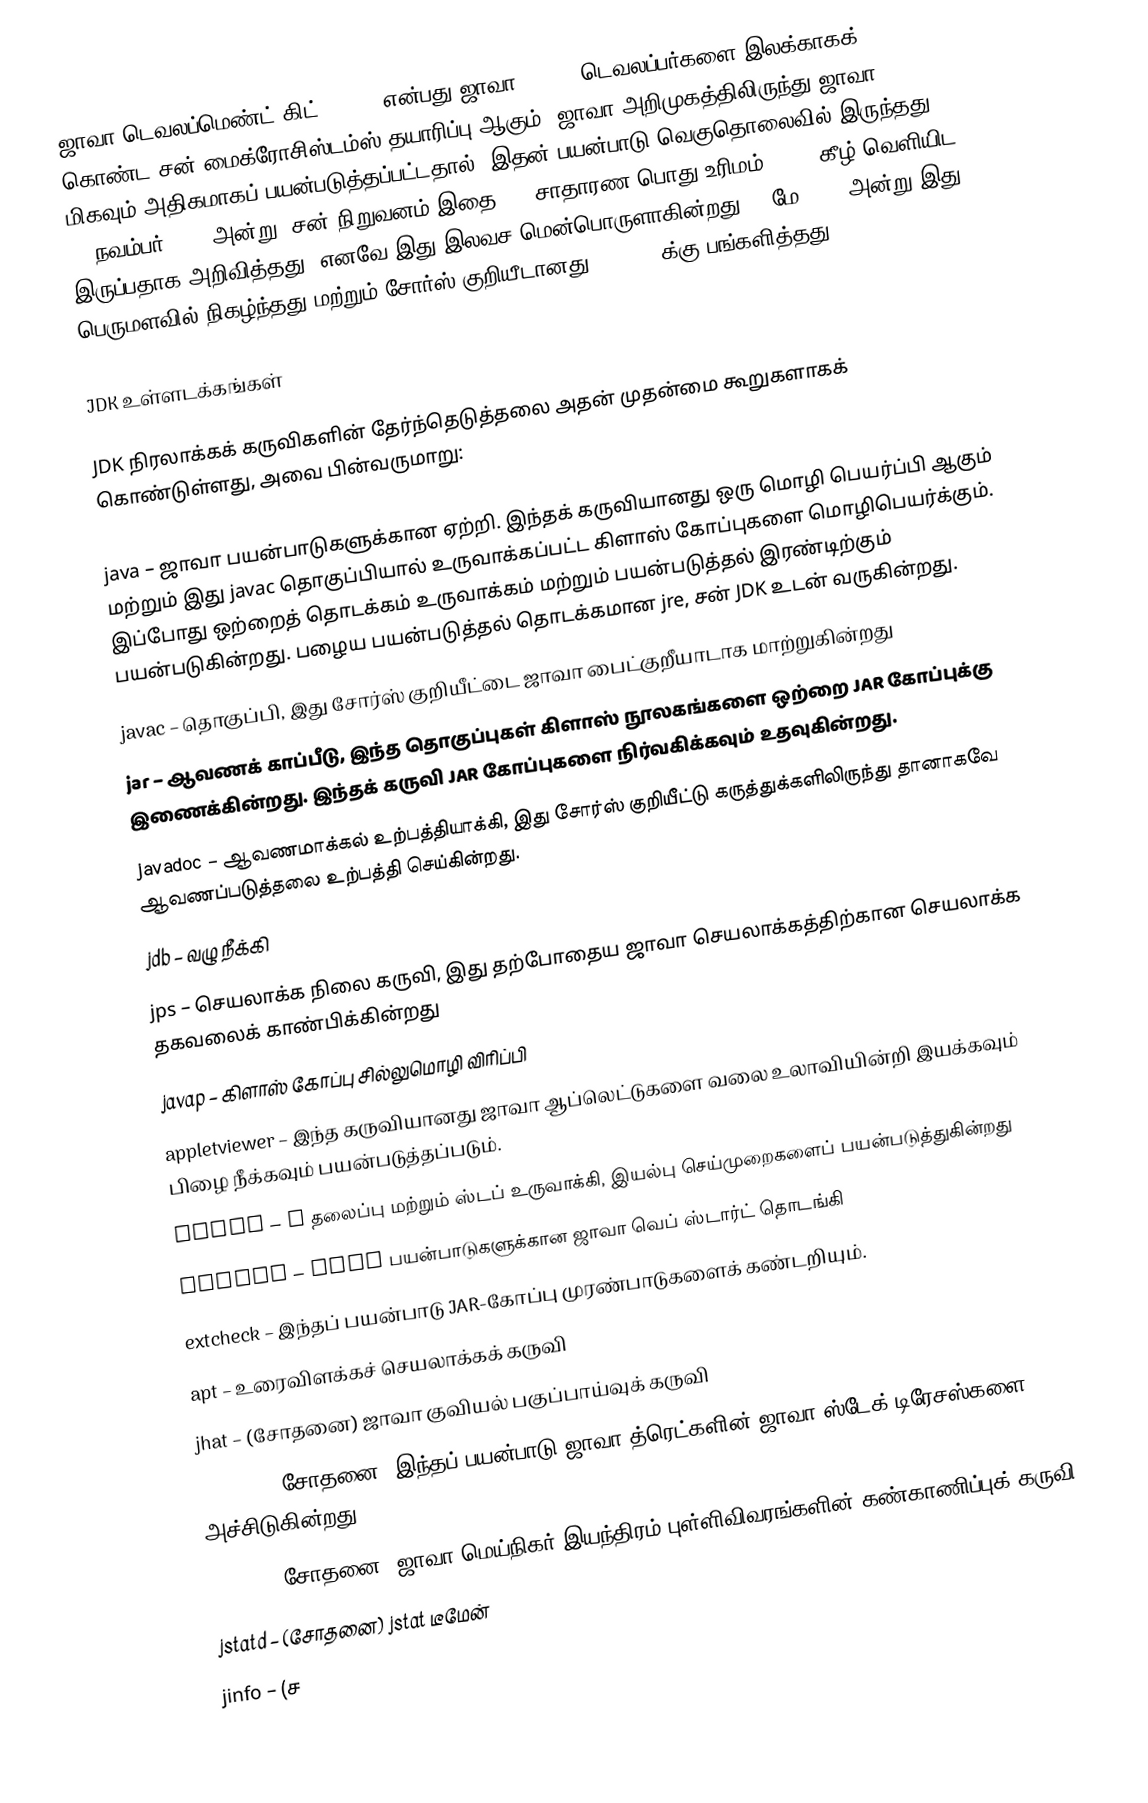
ஜாவா டெவலப்மெண்ட் கிட்  (JDK ) என்பது ஜாவா (Java) டெவலப்பர்களை இலக்காகக் கொண்ட சன் மைக்ரோசிஸ்டம்ஸ் தயாரிப்பு ஆகும். ஜாவா அறிமுகத்திலிருந்து ஜாவா SDK மிகவும் அதிகமாகப் பயன்படுத்தப்பட்டதால், இதன் பயன்பாடு வெகுதொலைவில் இருந்தது. 17 நவம்பர் 2006 அன்று, சன் நிறுவனம் இதை GNU சாதாரண பொது உரிமம் (GPL) கீழ் வெளியிட இருப்பதாக அறிவித்தது, எனவே இது இலவச மென்பொருளாகின்றது. 8 மே 2007 அன்று இது பெருமளவில் நிகழ்ந்தது மற்றும் சோர்ஸ் குறியீடானது OpenJDK க்கு பங்களித்தது.

JDK உள்ளடக்கங்கள்

JDK நிரலாக்கக் கருவிகளின் தேர்ந்தெடுத்தலை அதன் முதன்மை கூறுகளாகக் கொண்டுள்ளது, அவை பின்வருமாறு:

 java – ஜாவா பயன்பாடுகளுக்கான ஏற்றி. இந்தக் கருவியானது ஒரு மொழி பெயர்ப்பி ஆகும் மற்றும் இது javac தொகுப்பியால் உருவாக்கப்பட்ட கிளாஸ் கோப்புகளை மொழிபெயர்க்கும். இப்போது ஒற்றைத் தொடக்கம் உருவாக்கம் மற்றும் பயன்படுத்தல் இரண்டிற்கும் பயன்படுகின்றது. பழைய பயன்படுத்தல் தொடக்கமான jre,  சன் JDK உடன் வருகின்றது.
 javac – தொகுப்பி, இது சோர்ஸ் குறியீட்டை ஜாவா பைட்குறீயாடாக மாற்றுகின்றது
 jar – ஆவணக் காப்பீடு, இந்த தொகுப்புகள் கிளாஸ் நூலகங்களை ஒற்றை JAR கோப்புக்கு இணைக்கின்றது. இந்தக் கருவி JAR கோப்புகளை நிர்வகிக்கவும் உதவுகின்றது.
 javadoc – ஆவணமாக்கல் உற்பத்தியாக்கி, இது சோர்ஸ் குறியீட்டு கருத்துக்களிலிருந்து தானாகவே ஆவணப்படுத்தலை உற்பத்தி செய்கின்றது.
 jdb – வழு நீக்கி
 jps – செயலாக்க நிலை கருவி, இது தற்போதைய ஜாவா செயலாக்கத்திற்கான செயலாக்க தகவலைக் காண்பிக்கின்றது
 javap – கிளாஸ் கோப்பு சில்லுமொழி விரிப்பி
 appletviewer – இந்த கருவியானது ஜாவா ஆப்லெட்டுகளை வலை உலாவியின்றி இயக்கவும் பிழை நீக்கவும் பயன்படுத்தப்படும்.
 javah – C தலைப்பு மற்றும் ஸ்டப் உருவாக்கி, இயல்பு செய்முறைகளைப் பயன்படுத்துகின்றது
 javaws – JNLP பயன்பாடுகளுக்கான ஜாவா வெப் ஸ்டார்ட் தொடங்கி
 extcheck – இந்தப் பயன்பாடு JAR-கோப்பு முரண்பாடுகளைக் கண்டறியும்.
 apt – உரைவிளக்கச் செயலாக்கக் கருவி
 jhat – (சோதனை) ஜாவா குவியல் பகுப்பாய்வுக் கருவி
 jstack – (சோதனை) இந்தப் பயன்பாடு ஜாவா த்ரெட்களின் ஜாவா ஸ்டேக் டிரேசஸ்களை அச்சிடுகின்றது.
 jstat – (சோதனை) ஜாவா மெய்நிகர் இயந்திரம் புள்ளிவிவரங்களின் கண்காணிப்புக் கருவி
 jstatd – (சோதனை) jstat டீமேன்
 jinfo – (ச